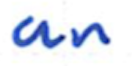
Text: an
Cross-out: clean
Writing tool: ballpoint